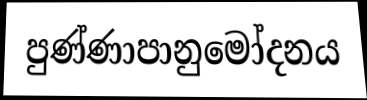
පුණ්ණාපානුමෝදනය